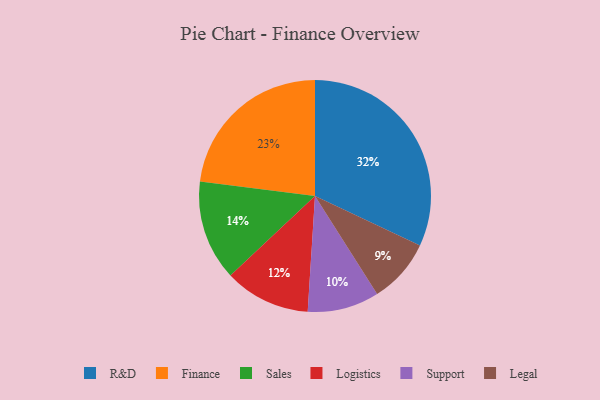
{"axis": {"x": "Category", "y": "Percentage"}, "legend": ["Finance", "Legal", "Logistics", "R&D", "Sales", "Support"], "data": [{"x": "Logistics", "y": 12, "type": "Logistics"}, {"x": "R&D", "y": 32, "type": "R&D"}, {"x": "Support", "y": 10, "type": "Support"}, {"x": "Finance", "y": 23, "type": "Finance"}, {"x": "Sales", "y": 14, "type": "Sales"}, {"x": "Legal", "y": 9, "type": "Legal"}]}